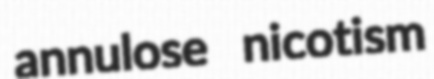
annulose nicotism